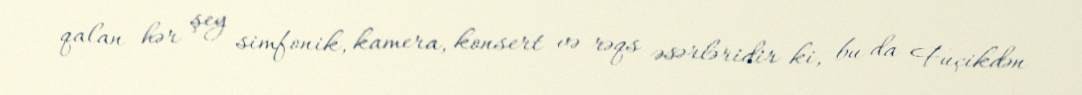
qalan hər şey simfonik, kamera, konsert və rəqs əsərləridir ki, bu da Fuçikdən